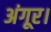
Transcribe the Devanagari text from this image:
अंगूर।